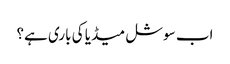
اب سوشل میڈیا کی باری ہے؟